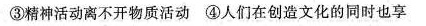
③精神活动离不开物质活动④人们在创造文化的同时也享